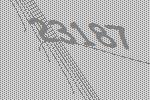
23187